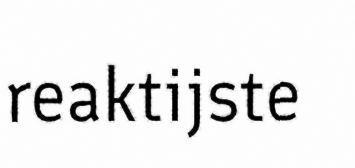
reaktijste